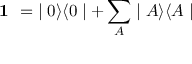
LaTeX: \textbf { 1 } = \; \mid 0 \rangle \langle 0 \mid + \sum _ { A } \mid A \rangle \langle A \mid